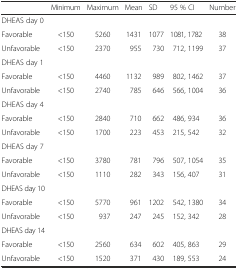
|  | Minimum | Maximum | Mean | SD | 95 % CI | Number |
 | --- | --- | --- | --- | --- | --- | --- |
 | DHEAS day 0 |  |  |  |  |  |  |
 | Favorable | <150 | 5260 | 1431 | 1077 | 1081, 1782 | 38 |
 | Unfavorable | <150 | 2370 | 955 | 730 | 712, 1199 | 37 |
 | DHEAS day 1 |  |  |  |  |  |  |
 | Favorable | <150 | 4460 | 1132 | 989 | 802, 1462 | 37 |
 | Unfavorable | <150 | 2740 | 785 | 646 | 566, 1004 | 36 |
 | DHEAS day 4 |  |  |  |  |  |  |
 | Favorable | <150 | 2840 | 710 | 662 | 486, 934 | 36 |
 | Unfavorable | <150 | 1700 | 223 | 453 | 215, 542 | 32 |
 | DHEAS day 7 |  |  |  |  |  |  |
 | Favorable | <150 | 3780 | 781 | 796 | 507, 1054 | 35 |
 | Unfavorable | <150 | 1110 | 282 | 343 | 156, 407 | 31 |
 | DHEAS day 10 |  |  |  |  |  |  |
 | Favorable | <150 | 5770 | 961 | 1202 | 542, 1380 | 34 |
 | Unfavorable | <150 | 937 | 247 | 245 | 152, 342 | 28 |
 | DHEAS day 14 |  |  |  |  |  |  |
 | Favorable | <150 | 2560 | 634 | 602 | 405, 863 | 29 |
 | Unfavorable | <150 | 1520 | 371 | 430 | 189, 553 | 24 |